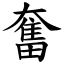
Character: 奮